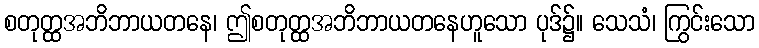
စတုတ္ထအဘိဘာယတနေ၊ ဤစတုတ္ထအဘိဘာယတနေဟူသော ပုဒ်၌။ သေသံ၊ ကြွင်းသော